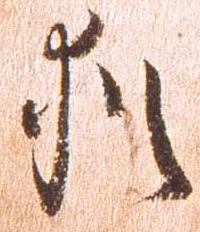
猶